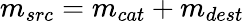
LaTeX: m_{src}=m_{cat}+m_{dest}